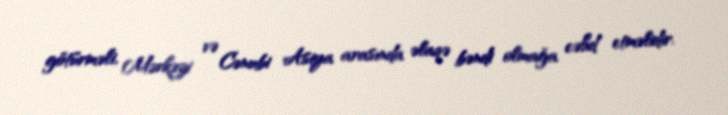
götürməli, Mərkəzi və Cənubi Asiya arasında əlaqə bəndi olmağa cəhd etməlidir.